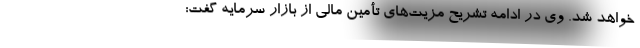
خواهد شد. وی در ادامه تشریح مزیت‌های تأمین مالی از بازار سرمایه گفت: